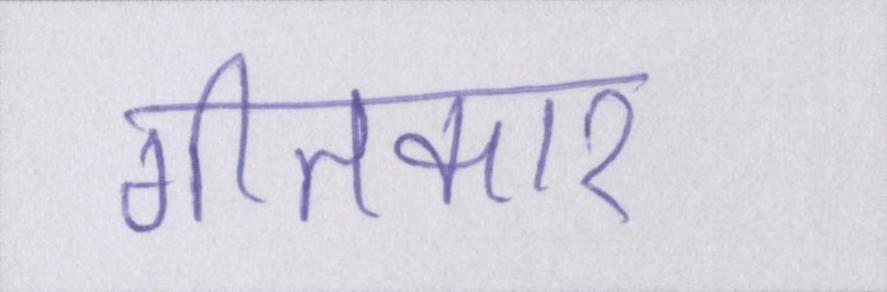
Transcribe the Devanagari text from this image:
गीतकार